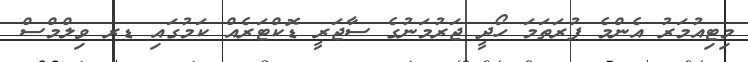
މިޓިއުމަރު އެންމެ ފުރަތަމަ ހޯދީ ޖަރުމަނުގެ ސާޖަރީ ޑޮކްޓަރެއް ކަމުގައި ޑރ ވިލްމްސް